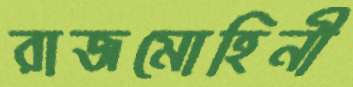
রাজমোহিনী